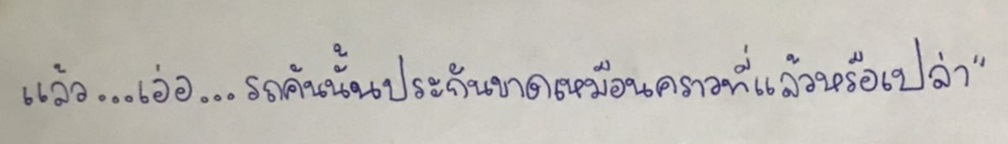
แล้ว...เอ่อ...รถคันนั้นประกันขาดเหมือนคราวที่แล้วหรือเปล่า"